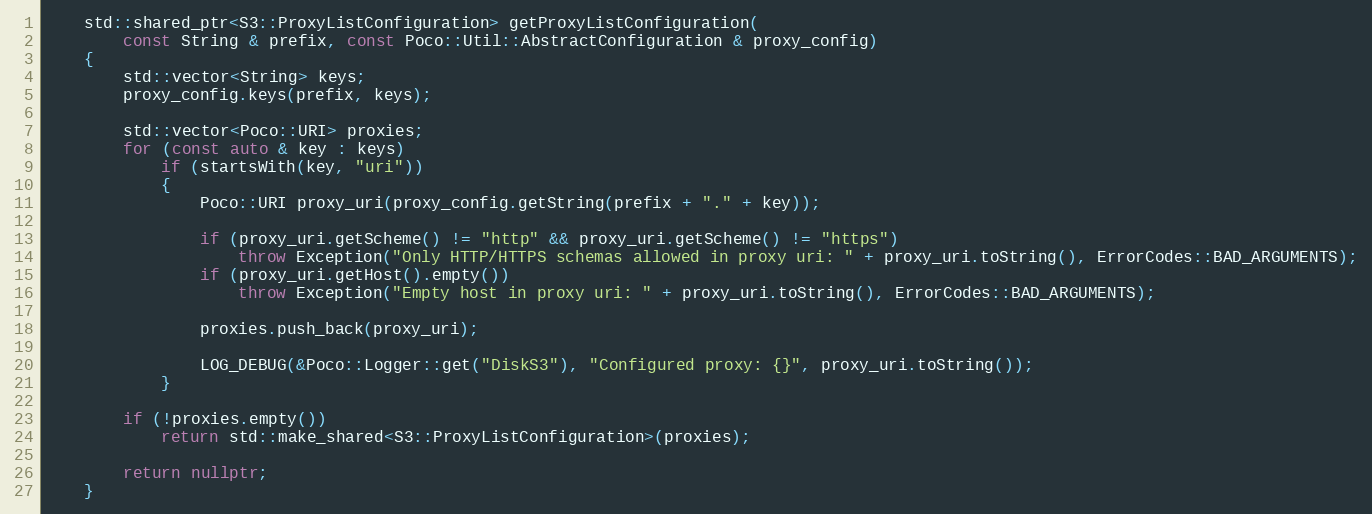
Language: C++
    std::shared_ptr<S3::ProxyListConfiguration> getProxyListConfiguration(
        const String & prefix, const Poco::Util::AbstractConfiguration & proxy_config)
    {
        std::vector<String> keys;
        proxy_config.keys(prefix, keys);

        std::vector<Poco::URI> proxies;
        for (const auto & key : keys)
            if (startsWith(key, "uri"))
            {
                Poco::URI proxy_uri(proxy_config.getString(prefix + "." + key));

                if (proxy_uri.getScheme() != "http" && proxy_uri.getScheme() != "https")
                    throw Exception("Only HTTP/HTTPS schemas allowed in proxy uri: " + proxy_uri.toString(), ErrorCodes::BAD_ARGUMENTS);
                if (proxy_uri.getHost().empty())
                    throw Exception("Empty host in proxy uri: " + proxy_uri.toString(), ErrorCodes::BAD_ARGUMENTS);

                proxies.push_back(proxy_uri);

                LOG_DEBUG(&Poco::Logger::get("DiskS3"), "Configured proxy: {}", proxy_uri.toString());
            }

        if (!proxies.empty())
            return std::make_shared<S3::ProxyListConfiguration>(proxies);

        return nullptr;
    }